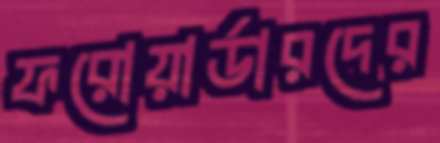
ফরোয়ার্ডারদের